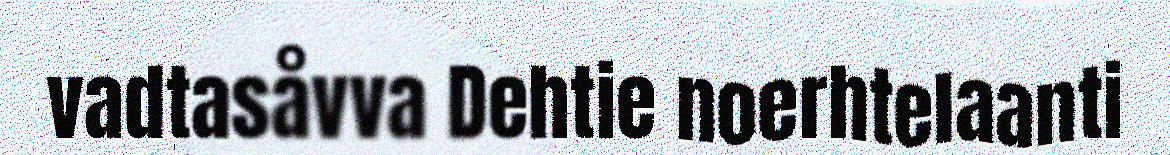
vadtasåvva Dehtie noerhtelaanti